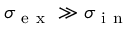
\sigma _ { \mathrm { ~ e ~ x ~ } } \gg \sigma _ { \mathrm { ~ i ~ n ~ } }